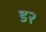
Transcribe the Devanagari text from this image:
ड२